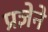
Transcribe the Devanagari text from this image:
प्रज्ञेने